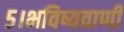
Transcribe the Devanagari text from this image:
५।भविष्यवाणी